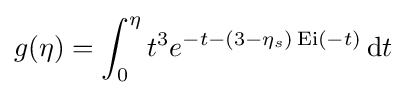
g(\eta )=\int _{0}^{\eta }t^{3}e^{-t-(3-\eta _{s})\operatorname {Ei} (-t)}\,\mathrm {d} t